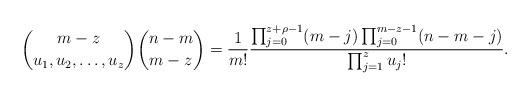
LaTeX: \begin{align*}\binom{m-z}{u_1,u_2,\ldots,u_z} \binom{n-m}{m-z}=\frac{1}{m!}\frac{\prod_{j=0}^{z+\rho-1}(m-j)\prod_{j=0}^{m-z-1}(n-m-j)}{\prod_{j=1}^z u_j!}.\end{align*}